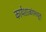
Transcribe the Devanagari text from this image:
कार्यशाळांमधून